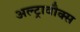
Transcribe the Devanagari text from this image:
अल्ट्रावौक्स